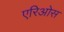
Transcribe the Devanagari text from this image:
एरिओस